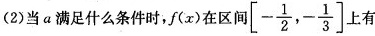
(2)当a满足什么条件时，f(x)在区间[ - \frac{1}{2},- \frac{1}{3} ]上有